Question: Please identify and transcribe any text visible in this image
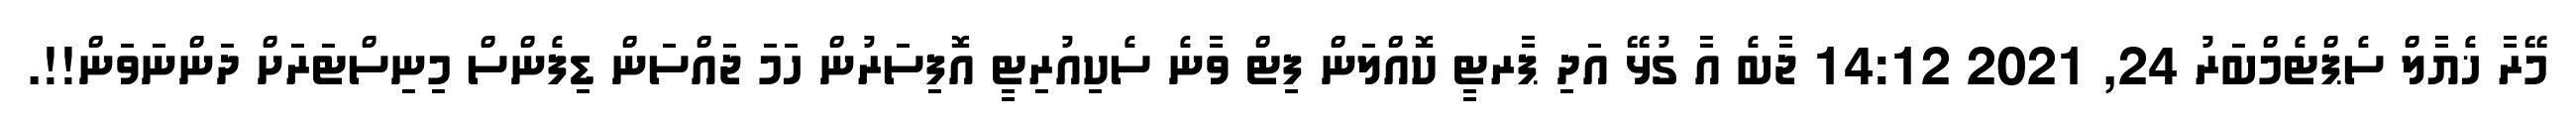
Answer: މޭރާ ޚެޔާލް ސެޕްޓެމްބަރު 24, 2021 14:12 ޖާބެ އާ ގުޅޭ އަދި ޕާރޓީ ކޮއްލަން ފިޓް ވާނެ ސެކިއުރިޓީ އޮފިސަރުން ހަމަ ޖައްސަން ޑިފެންސް މިނިސްޓަރަށް ދަންނަވަން!!.